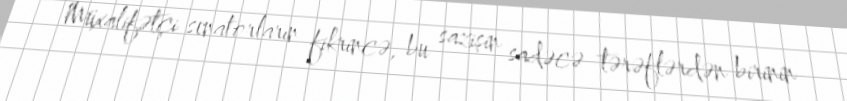
Müxalifətçi senatorların fikrincə, bu sazişin sadəcə tərəflərdən birinin